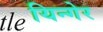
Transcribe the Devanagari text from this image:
यिन्गेर